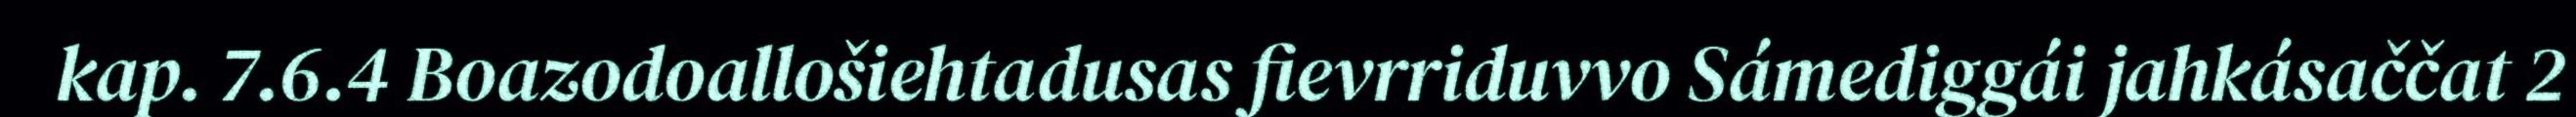
kap. 7.6.4 Boazodoallošiehtadusas fievrriduvvo Sámediggái jahkásaččat 2